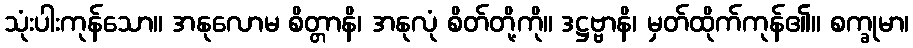
သုံးပါးကုန်သော။ အနုလောမ စိတ္တာနိ၊ အနုလုံ စိတ်တို့ကို။ ဒဋ္ဌဗ္ဗာနိ၊ မှတ်ထိုက်ကုန်၏။ စက္ခုမာ၊